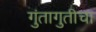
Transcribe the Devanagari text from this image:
गुंतागुतीचा